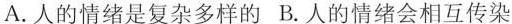
A.人的情绪是复杂多样的B.人的情绪会相互传染